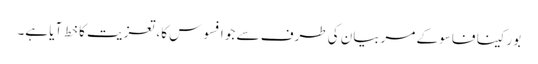
بورکینا فاسو کے مربیان کی طرف سے جو افسوس کا، تعزیت کا خط آیا ہے۔